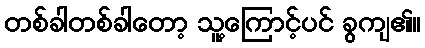
တစ်ခါတစ်ခါတော့ သူ့ကြောင့်ပင် ခွကျ၏။